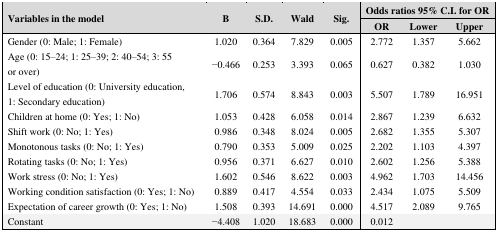
<table><thead><tr><td rowspan="2"><b>Variables in the model</b></td><td rowspan="2"><b>B</b></td><td rowspan="2"><b>S.D.</b></td><td rowspan="2"><b>Wald</b></td><td rowspan="2"><b>Sig.</b></td><td colspan="3"><b>Odds ratios 95% C.I. for OR</b></td></tr><tr><td><b>OR</b></td><td><b>Lower</b></td><td><b>Upper</b></td></tr></thead><tbody><tr><td>Gender (0: Male; 1: Female)</td><td>1.020</td><td>0.364</td><td>7.829</td><td>0.005</td><td>2.772</td><td>1.357</td><td>5.662</td></tr><tr><td>Age (0: 15–24; 1: 25–39; 2: 40–54; 3: 55 or over)</td><td>−0.466</td><td>0.253</td><td>3.393</td><td>0.065</td><td>0.627</td><td>0.382</td><td>1.030</td></tr><tr><td>Level of education (0: University education, 1: Secondary education)</td><td>1.706</td><td>0.574</td><td>8.843</td><td>0.003</td><td>5.507</td><td>1.789</td><td>16.951</td></tr><tr><td>Children at home (0: Yes; 1: No)</td><td>1.053</td><td>0.428</td><td>6.058</td><td>0.014</td><td>2.867</td><td>1.239</td><td>6.632</td></tr><tr><td>Shift work (0: No; 1: Yes)</td><td>0.986</td><td>0.348</td><td>8.024</td><td>0.005</td><td>2.682</td><td>1.355</td><td>5.307</td></tr><tr><td>Monotonous tasks (0: No; 1: Yes)</td><td>0.790</td><td>0.353</td><td>5.009</td><td>0.025</td><td>2.202</td><td>1.103</td><td>4.397</td></tr><tr><td>Rotating tasks (0: No; 1: Yes)</td><td>0.956</td><td>0.371</td><td>6.627</td><td>0.010</td><td>2.602</td><td>1.256</td><td>5.388</td></tr><tr><td>Work stress (0: No; 1: Yes)</td><td>1.602</td><td>0.546</td><td>8.622</td><td>0.003</td><td>4.962</td><td>1.703</td><td>14.456</td></tr><tr><td>Working condition satisfaction (0: Yes; 1: No)</td><td>0.889</td><td>0.417</td><td>4.554</td><td>0.033</td><td>2.434</td><td>1.075</td><td>5.509</td></tr><tr><td>Expectation of career growth (0: Yes; 1: No)</td><td>1.508</td><td>0.393</td><td>14.691</td><td>0.000</td><td>4.517</td><td>2.089</td><td>9.765</td></tr><tr><td>Constant</td><td>−4.408</td><td>1.020</td><td>18.683</td><td>0.000</td><td>0.012</td><td></td><td></td></tr></tbody></table>